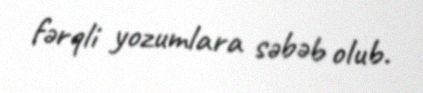
fərqli yozumlara səbəb olub.